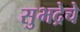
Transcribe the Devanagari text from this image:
सुभद्रेचे